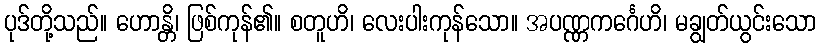
ပုဒ်တို့သည်။ ဟောန္တိ၊ ဖြစ်ကုန်၏။ စတူဟိ၊ လေးပါးကုန်သော။ အပဏ္ဏကင်္ဂေဟိ၊ မချွတ်ယွင်းသော